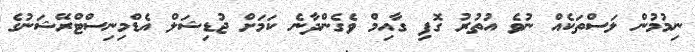
ނިމުމުން ލަސްތަކެއް ނުވެ އުތުރު ގޮފި ގާއިމް ވެގެންދާނެ ކަމަށް ޖުޑިޝަލް އެޑްމިނިސްޓްރޭޝަނުގެ